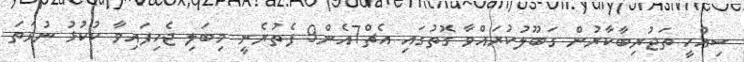
ސިއްހީ ތަޖުރިބާކާރުން ގަބޫލުކުރައްވާ ގޮތުގައި އެޗް7އެން9 ފެތުރެނީ މިބަލި ޖެހިފައިވާ ކުކުޅު ނުވަތަ